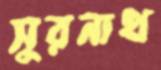
সুরনাথ